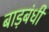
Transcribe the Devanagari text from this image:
बाड़बंधी